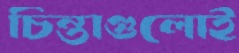
চিন্তাগুলোই